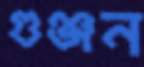
গুঞ্জন